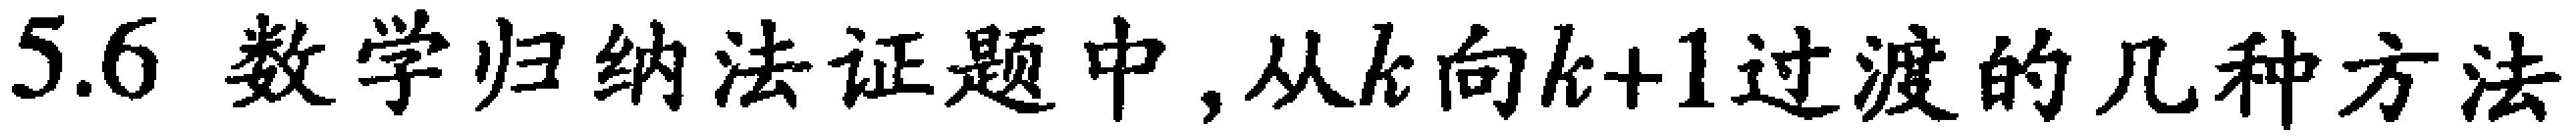
5.6 数学归纳法证题中, 从\(k\)向\(k + 1\)过渡的几种方法